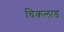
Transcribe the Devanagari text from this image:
चिकलाड